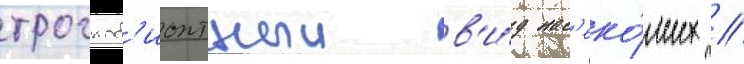
троглоб'ионтныи в'и́д нас'еко́мых /